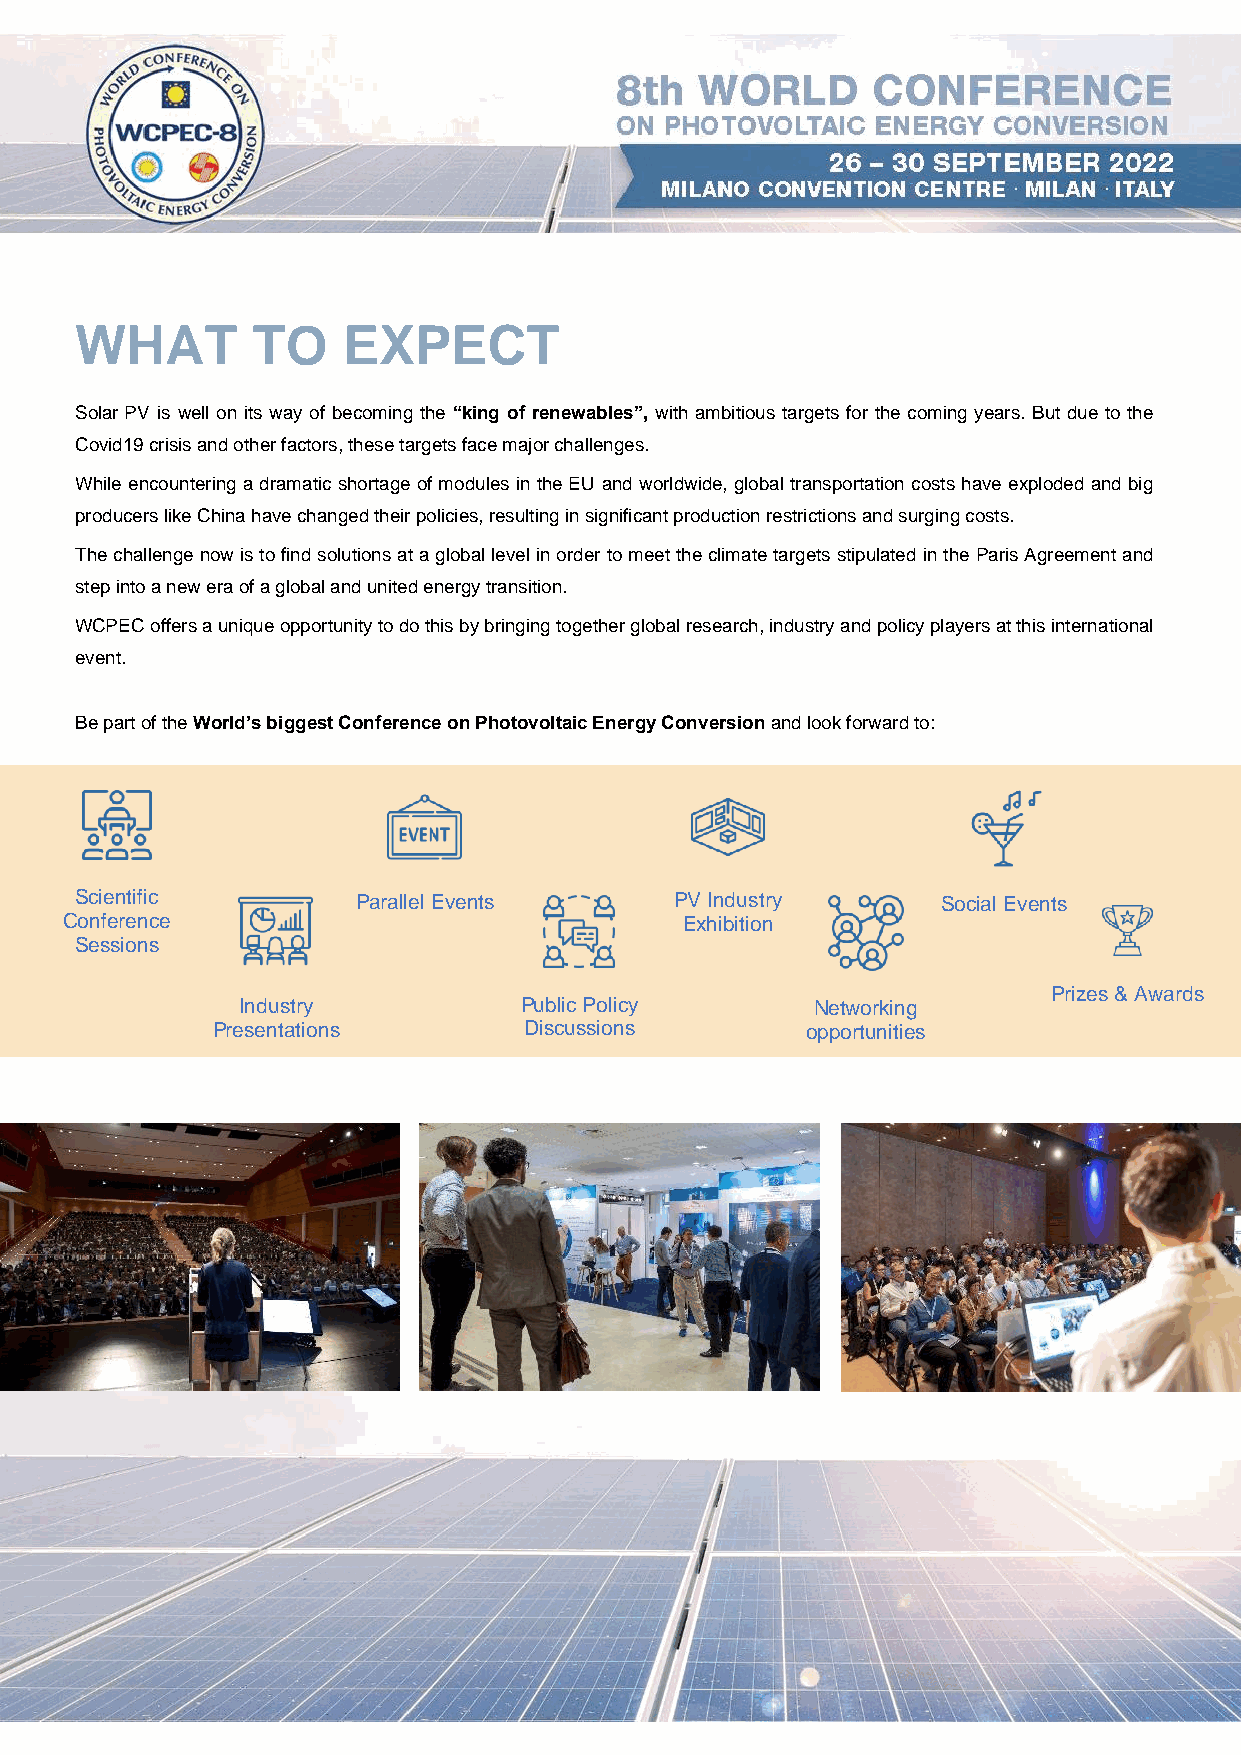
WCPEC-8
 WHAT        TO    EXPECT
 Solar PV is well on its way of becoming the “king of renewables”, with ambitious targets for the coming years. But due to the
 Covid19 crisis and other factors, these targets face major challenges.
 While encountering a dramatic shortage of modules in the EU and worldwide, global transportation costs have exploded and big
 producers like China have changed their policies, resulting in significant production restrictions and surging costs.
 The challenge now is to find solutions at a global level in order to meet the climate targets stipulated in the Paris Agreement and
 step into a new era of a global and united energy transition.
 WCPEC offers a unique opportunity to do this by bringing together global research, industry and policy players at this international
 event.
 Be part of the World’s biggest Conference on Photovoltaic Energy Conversion and look forward to:
 Scientific         Parallel Events      PV Industry      Social Even ts
 Conference                               Exhibition
 S essions
 Prizes & Awards
 Industry          Public Policy       Networking
 Presentations        Discussions       opportunities
 CONTACT US: CONFERENCE@WIP-MUNICH.DE         3               DECEMBER 2021